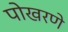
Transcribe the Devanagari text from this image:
पोखरणे